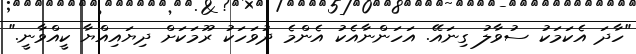
"ހާދަ އެކަމަކު ސުވާލު ގިނައޭ. އަހަންނާއެކު އެންމެ ދުވަހަކު ރޫމަކަށް ދިޔައިއްޔާ ކީއްވާނީ."